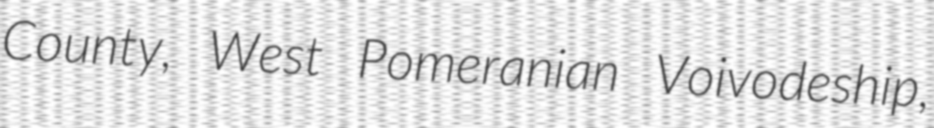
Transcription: County, West Pomeranian Voivodeship,